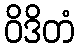
ဝိဒိတံ